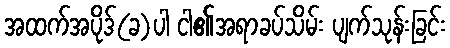
အထက်အပိုဒ်(ခ)ပါ ငါ၏အရာခပ်သိမ်း ပျက်သုန်းခြင်း